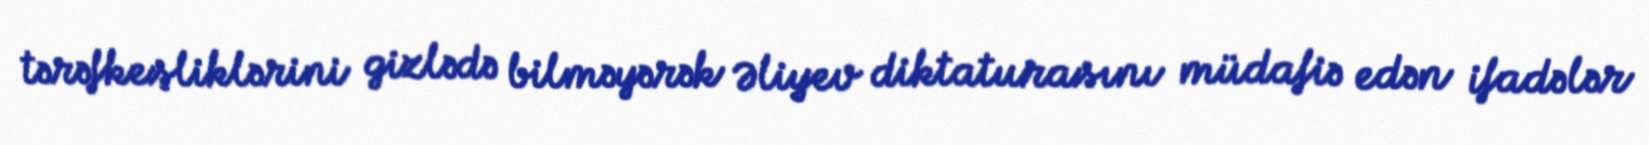
tərəfkeşliklərini gizlədə bilməyərək Əliyev diktaturasını müdafiə edən ifadələr